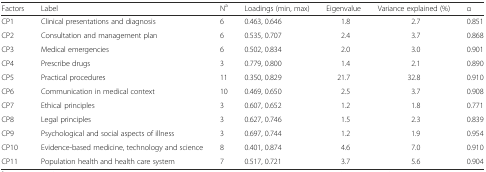
| Factors | Label | Na | Loadings (min, max) | Eigenvalue | Variance explained (%) | α |
 | --- | --- | --- | --- | --- | --- | --- |
 | CP1 | Clinical presentations and diagnosis | 6 | 0.463, 0.646 | 1.8 | 2.7 | 0.851 |
 | CP2 | Consultation and management plan | 6 | 0.535, 0.707 | 2.4 | 3.7 | 0.868 |
 | CP3 | Medical emergencies | 6 | 0.502, 0.834 | 2.0 | 3.0 | 0.901 |
 | CP4 | Prescribe drugs | 3 | 0.779, 0.800 | 1.4 | 2.1 | 0.890 |
 | CP5 | Practical procedures | 11 | 0.350, 0.829 | 21.7 | 32.8 | 0.910 |
 | CP6 | Communication in medical context | 10 | 0.469, 0.650 | 2.5 | 3.7 | 0.908 |
 | CP7 | Ethical principles | 3 | 0.607, 0.652 | 1.2 | 1.8 | 0.771 |
 | CP8 | Legal principles | 3 | 0.627, 0.746 | 1.5 | 2.3 | 0.839 |
 | CP9 | Psychological and social aspects of illness | 3 | 0.697, 0.744 | 1.2 | 1.9 | 0.954 |
 | CP10 | Evidence-based medicine, technology and science | 8 | 0.401, 0.874 | 4.6 | 7.0 | 0.910 |
 | CP11 | Population health and health care system | 7 | 0.517, 0.721 | 3.7 | 5.6 | 0.904 |